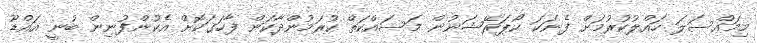
މިމައްސަލަ ހައްލުކުރުމަށް ފެނަކަ ކޯޕަރޭޝަނުން މަސައްކަތް ކުރަމުންދާކަން ފާހަގަކޮށް އެކުންފުނިން ބުނީ އައްޑޫ